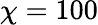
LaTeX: \chi=100